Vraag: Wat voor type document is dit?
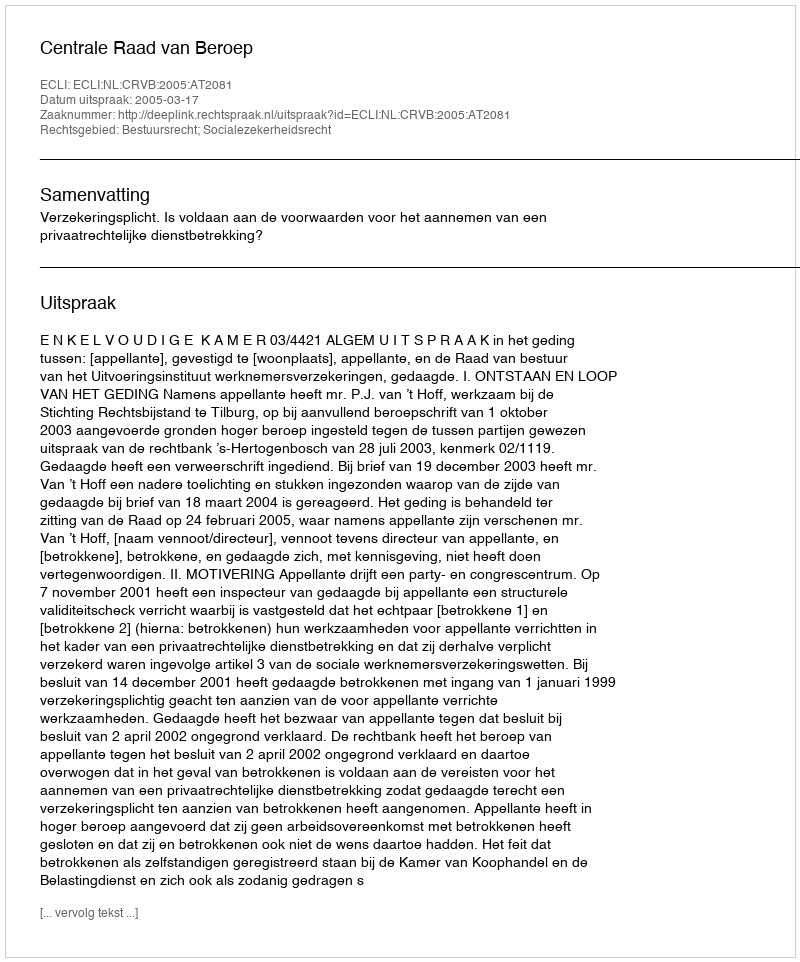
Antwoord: Uitspraak